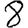
Digit: 8